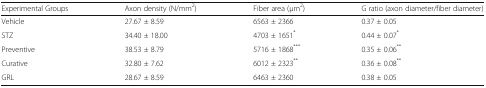
<table><thead><tr><td><b>Experimental Groups</b></td><td><b>Axon density (N/mm<sup>2</sup>)</b></td><td><b>Fiber area (μm<sup>2</sup>)</b></td><td><b>G ratio (axon diameter/fiber diameter)</b></td></tr></thead><tbody><tr><td>Vehicle</td><td>27.67 ± 8.59</td><td>6563 ± 2366</td><td>0.37 ± 0.05</td></tr><tr><td>STZ</td><td>34.40 ± 18.00</td><td>4703 ± 1651<sup>*</sup></td><td>0.44 ± 0.07<sup>*</sup></td></tr><tr><td>Preventive</td><td>38.53 ± 8.79</td><td>5716 ± 1868<sup>***</sup></td><td>0.35 ± 0.06<sup>**</sup></td></tr><tr><td>Curative</td><td>32.80 ± 7.62</td><td>6012 ± 2323<sup>**</sup></td><td>0.36 ± 0.08<sup>**</sup></td></tr><tr><td>GRL</td><td>28.67 ± 8.59</td><td>6463 ± 2360</td><td>0.38 ± 0.05</td></tr></tbody></table>